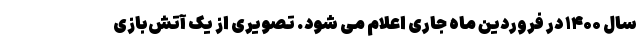
سال ۱۴۰۰ در فروردین ماه جاری اعلام می شود. تصویری از یک آتش‌بازی